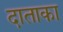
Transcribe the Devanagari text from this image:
दाताका